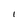
Character: l